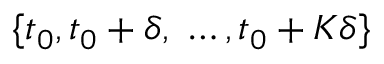
\{ t _ { 0 } , t _ { 0 } + \delta , \ \dots , t _ { 0 } + K \delta \}